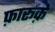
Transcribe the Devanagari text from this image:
फ़ारूक़े